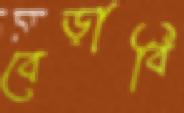
বেড়াবি